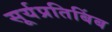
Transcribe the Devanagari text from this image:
सूर्यप्रतिबिंब